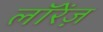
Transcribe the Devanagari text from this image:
लॉरेंज़